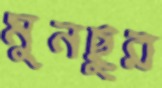
মুনছুর